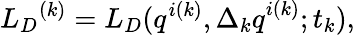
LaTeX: {{L}_{D}}^{(k)}={L}_{D}(q^{i(k)},{\Delta_{k}q}^{i(k)};t_{k}),